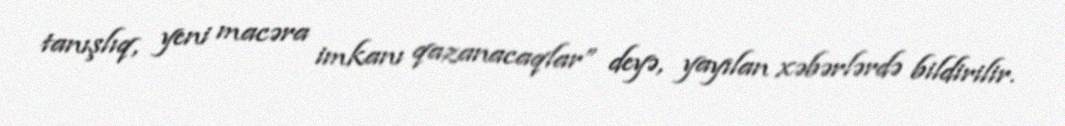
tanışlıq, yeni macəra imkanı qazanacaqlar” deyə, yayılan xəbərlərdə bildirilir.